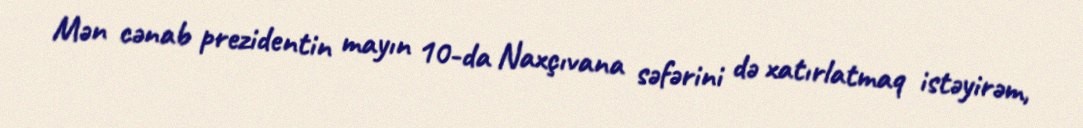
Mən cənab prezidentin mayın 10-da Naxçıvana səfərini də xatırlatmaq istəyirəm,